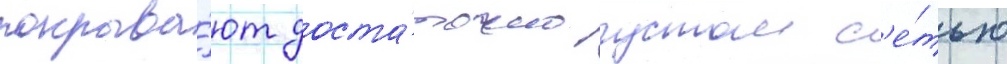
покрыва́ют доста́точно густои с'е́тью